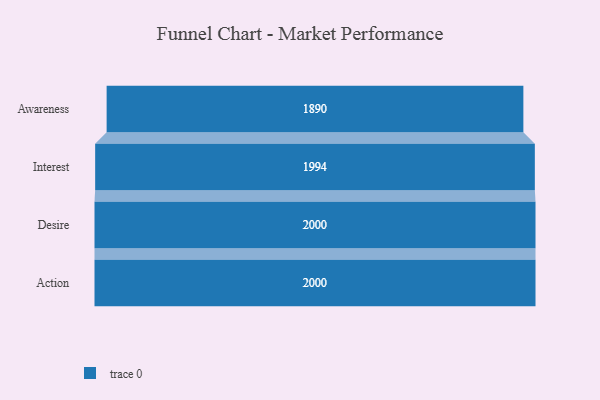
{"axis": {"x": "Stage", "y": "Value"}, "legend": [""], "data": [{"x": "Awareness", "y": 1890.0, "type": ""}, {"x": "Interest", "y": 1994.0, "type": ""}, {"x": "Desire", "y": 2000, "type": ""}, {"x": "Action", "y": 2000, "type": ""}]}